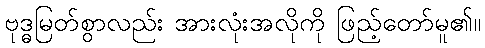
ဗုဒ္ဓမြတ်စွာလည်း အားလုံးအလိုကို ဖြည့်တော်မူ၏။